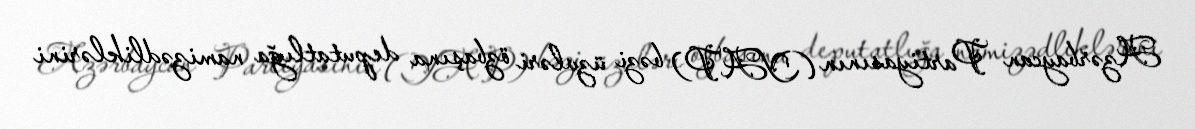
Azərbaycan Partiyasının (YAP) bəzi üzvləri özbaşına deputatlığa namizədliklərini